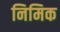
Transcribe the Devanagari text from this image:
निमिक